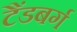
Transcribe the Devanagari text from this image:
टैंडबर्ग